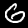
Label: 6